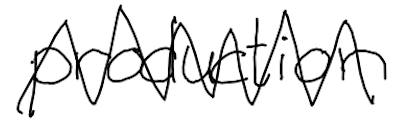
Text: production
Cross-out: zig-zag
Writing tool: digital_black